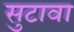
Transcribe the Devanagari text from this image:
सुटावा